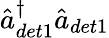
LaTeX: \hat{a}_{det1}^{\dagger}\hat{a}_{det1}